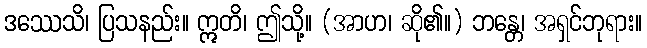
ဒဿေသိ၊ ပြသနည်း။ ဣတိ၊ ဤသို့။ (အာဟ၊ ဆို၏။) ဘန္တေ၊ အရှင်ဘုရား။